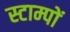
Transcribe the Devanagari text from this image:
स्टाम्पों